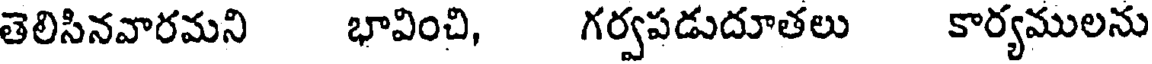
తెలిసినవారమని భావించి, గర్వపడుదూతలు కార్యములను